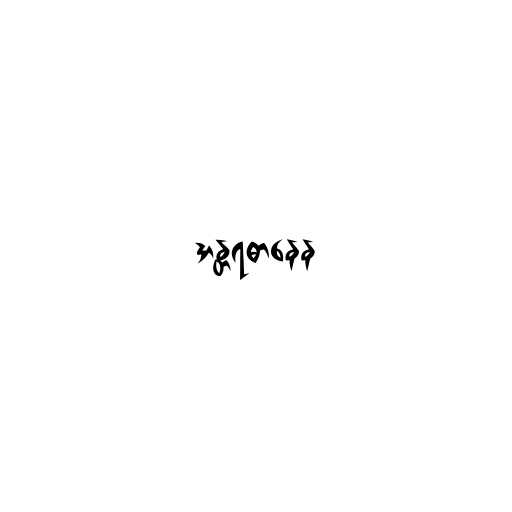
အန္တရဓာနေန